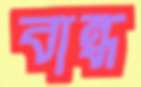
বান্ধ